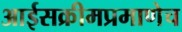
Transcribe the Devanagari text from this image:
आईसक्रीमप्रमाणेच